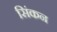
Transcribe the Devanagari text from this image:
सिंकन